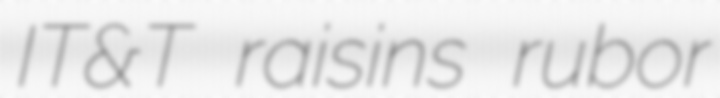
IT&T raisins rubor